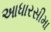
આધારસીમા